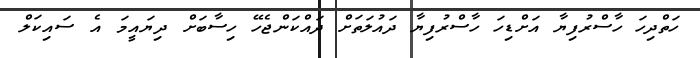
ހަތްދިހަ ހާސްރުފިޔާ އަށްޑިހަ ހާސްރުފިޔާ ދައުލަތަށް ދައްކަންޖެހޭ ހިސާބަށް ދިޔައީމަ އެ ސައިކަލް